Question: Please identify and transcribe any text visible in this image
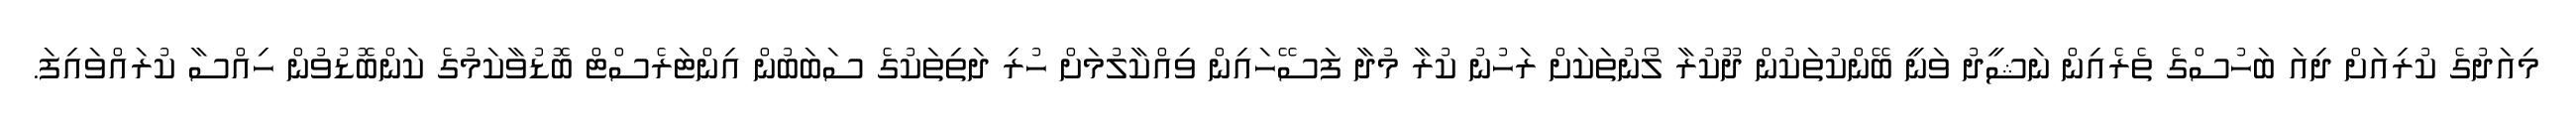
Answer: މިއަދުގެ ކުރިއަށް ދިއަ ބަހުސްގެ ތެރެއިން ނަޝީދު ވަނީ ބޭންކުތަކުން ދޫކުރާ ލޯނުތަކަށް ރަހުނު ކުރާ މުދާ ފަސޭހައިން ވިއްކާލުމަށް ހުރި ދަތިތަކުގެ ސަބަބުން އިންޓަރެސްޓް ބޮޑުވާކަމުގެ ކަންބޮޑުވުން ހިއްސާ ކުރައްވައިފަ.